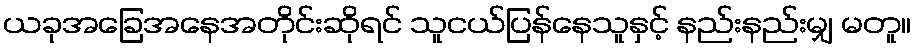
ယခုအခြေအနေအတိုင်းဆိုရင် သူငယ်ပြန်နေသူနှင့် နည်းနည်းမျှ မတူ။